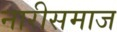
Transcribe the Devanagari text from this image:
नारीसमाज